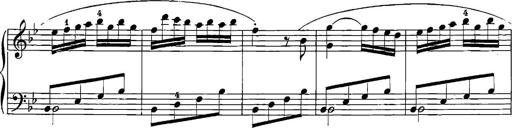
Title: 12 Sonatinas
Composer: Ignaz Pleyel